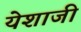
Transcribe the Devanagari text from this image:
येशाजी